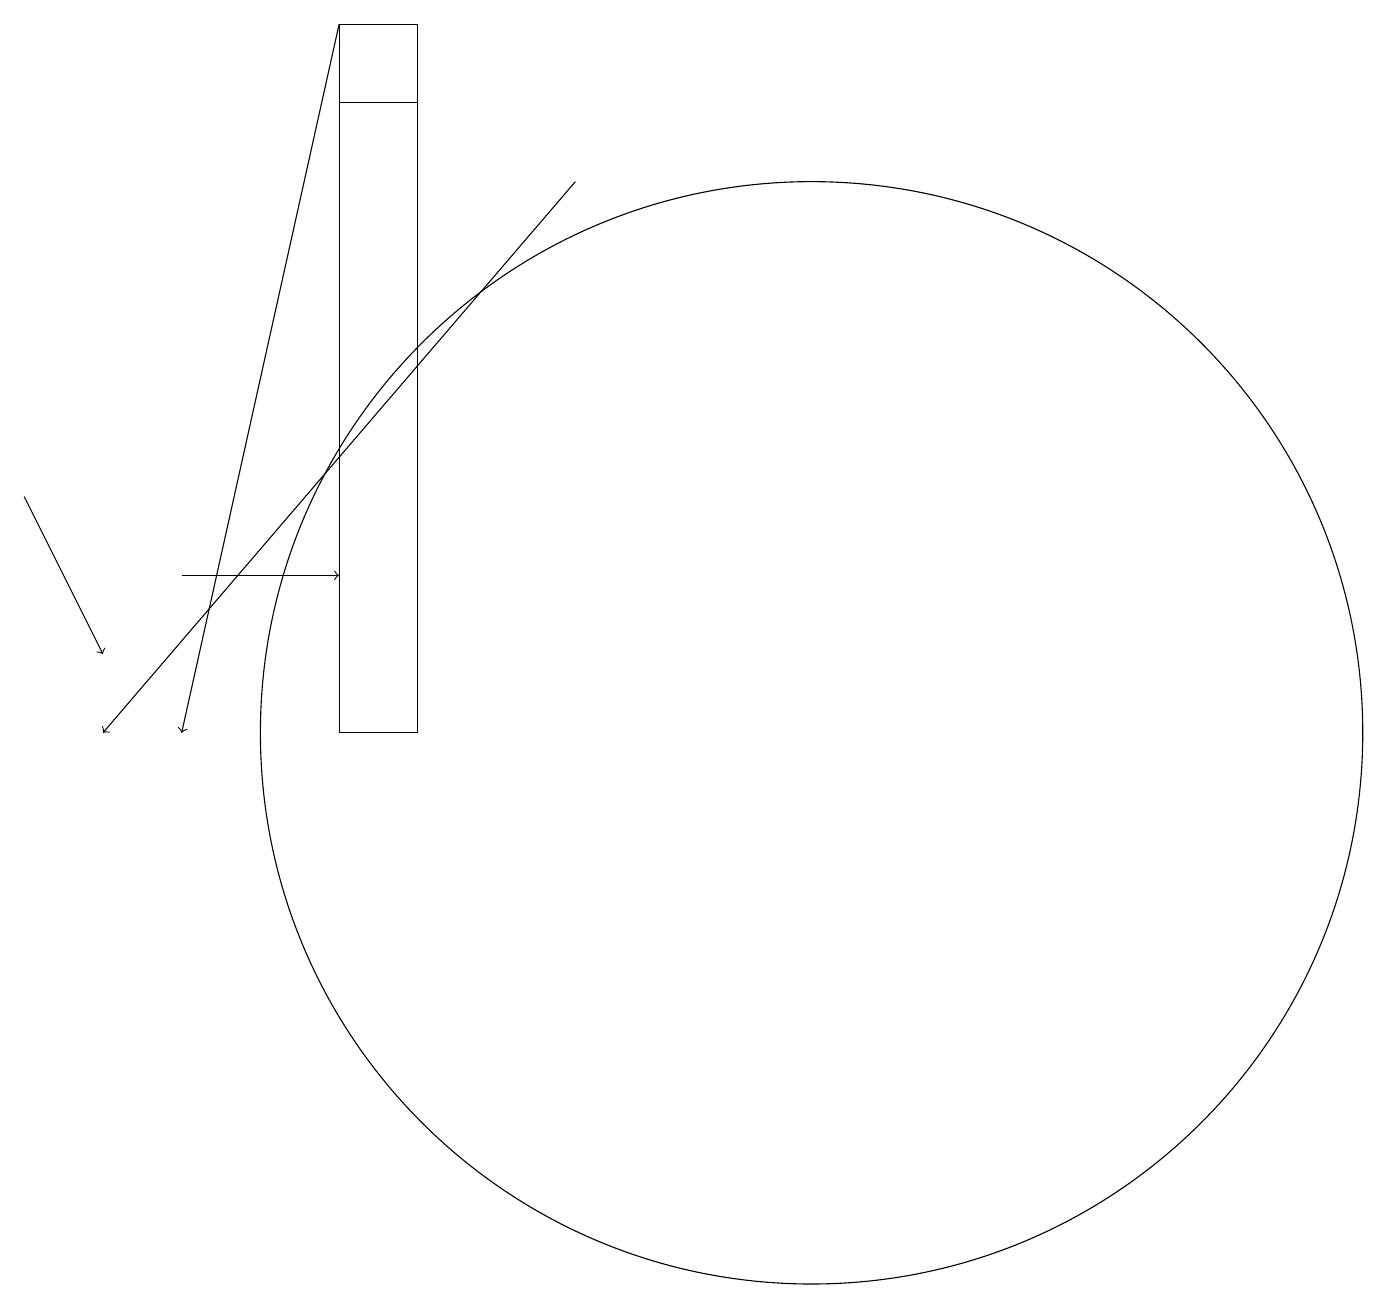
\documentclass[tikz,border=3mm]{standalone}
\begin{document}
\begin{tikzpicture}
\draw[->] (4,19) -- (2,10);
\draw[->] (7,17) -- (1,10);
\draw (10,10) circle (7);
\draw[->] (2,12) -- (4,12);
\draw (5,19) rectangle (4,18);
\draw[->] (0,13) -- (1,11);
\draw (4,19) rectangle (5,10);
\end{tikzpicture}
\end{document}